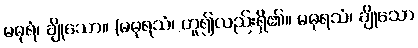
မဓုရံ၊ ချိုသော။ (မဓုရသံ၊ ဟူ၍လည်းရှိ၏။ မဓုရသံ၊ ချိုသော